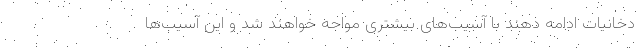
دخانیات ادامه دهند با آسیب‌های بیشتری مواجه خواهند شد و این آسیب‌ها